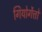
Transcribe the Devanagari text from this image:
गियोर्गेत्तो